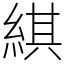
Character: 綨